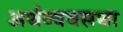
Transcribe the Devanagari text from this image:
अर्थव्यवसथा